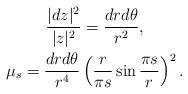
LaTeX: \begin{align*}\begin{gathered}\frac{|dz|^2}{|z|^2}=\frac{drd\theta}{r^2},\\\mu_s=\frac{drd\theta}{r^4}\left(\frac r{\pi s}\sin\frac{\pi s}r\right)^2.\end{gathered}\end{align*}